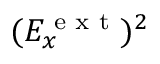
( E _ { x } ^ { \textrm { e x t } } ) ^ { 2 }